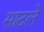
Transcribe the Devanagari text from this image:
साठले